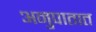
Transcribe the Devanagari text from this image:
अनुपातात